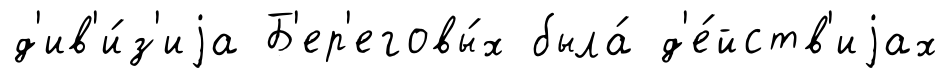
д'ив'и́з'иjа Б'ер'еговы́х была́ д'е́йств'иjах